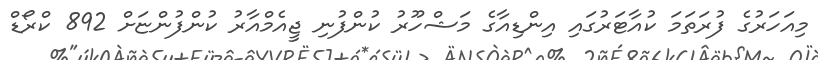
މިއަހަރުގެ ފުރަތަމަ ކުއާޓަރުގައި އިންޑިއާގެ މަޝްހޫރު ކުންފުނި ޖީއެމްއާރު ކުންފުންޏަށް 892 ކްރޯޑް